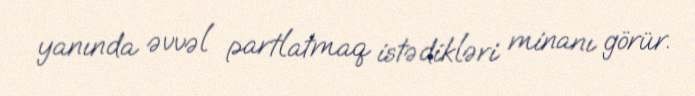
yanında əvvəl partlatmaq istədikləri minanı görür.